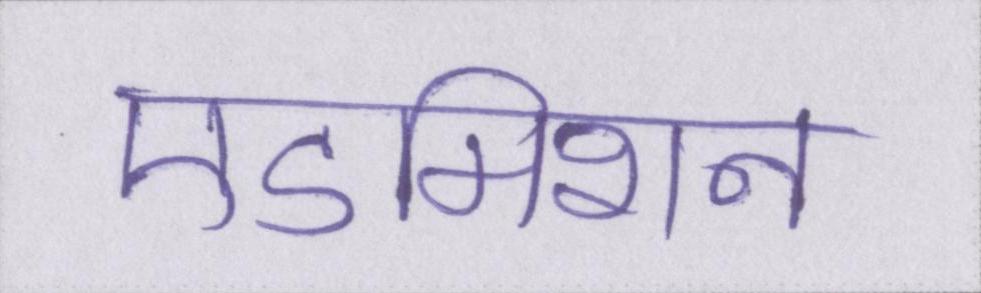
एडमिशन